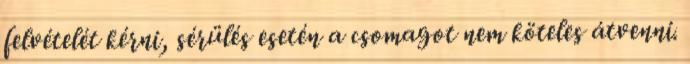
felvételét kérni, sérülés esetén a csomagot nem köteles átvenni.